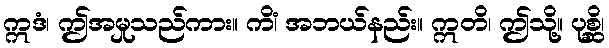
ဣဒံ၊ ဤအမှုသည်ကား။ ကိံ၊ အဘယ်နည်း။ ဣတိ၊ ဤသို့။ ပုစ္ဆိ၊